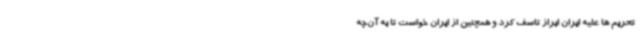
تحریم ها علیه ایران ابراز تاسف کرد و همچنین از ایران خواست تا به آن‌چه